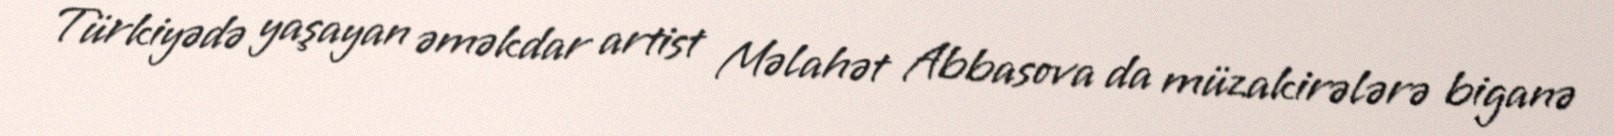
Türkiyədə yaşayan əməkdar artist Məlahət Abbasova da müzakirələrə biganə